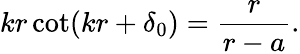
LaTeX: kr\cot(kr+\delta_{0})=\frac{r}{r-a}.